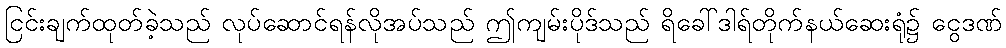
ငြင်းချက်ထုတ်ခဲ့သည် လုပ်ဆောင်ရန်လိုအပ်သည် ဤကျမ်းပိုဒ်သည် ရိခေါ်ဒါရ်တိုက်နယ်ဆေးရုံ၌ ငွေဒဏ်